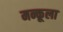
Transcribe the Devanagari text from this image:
मन्कूला